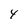
Character: 4